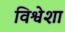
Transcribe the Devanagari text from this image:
विश्वेशा